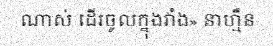
ណាស់ ដើរចូលក្នុងវាំង» នាហ្មឺន